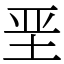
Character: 垩